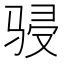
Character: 骎